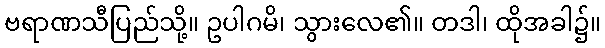
ဗရာဏသီပြည်သို့။ ဥပါဂမိ၊ သွားလေ၏။ တဒါ၊ ထိုအခါ၌။